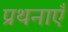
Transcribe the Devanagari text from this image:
प्रथनाएँ